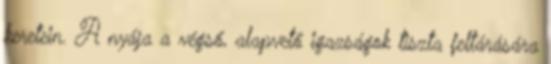
keretein. A nyája a végső, alapvető igazságok tiszta feltárására